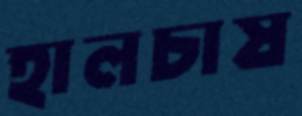
হালচাষ